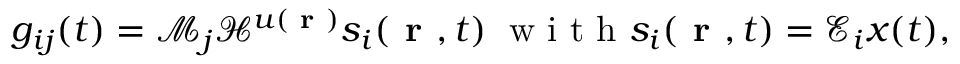
\begin{array} { r } { g _ { i j } ( t ) = \mathcal { M } _ { j } { \mathcal { H } } ^ { \boldsymbol { u } ( \textbf { r } ) } s _ { i } ( \textbf { r } , t ) \; \mathrm { ~ w ~ i ~ t ~ h ~ } s _ { i } ( \textbf { r } , t ) = \mathcal { E } _ { i } x ( t ) , } \end{array}